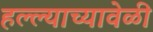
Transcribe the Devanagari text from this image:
हल्ल्याच्यावेळी